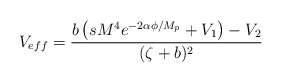
\begin{align*}V_{eff}=\frac{b\left(sM^{4}e^{-2\alpha\phi/M_{p}}+V_{1}\right)-V_{2}}{(\zeta+b)^{2}}\end{align*}